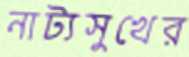
নাট্যসুখের